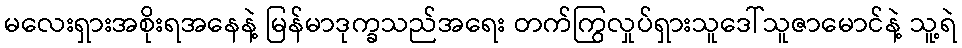
မလေးရှားအစိုးရအနေနဲ့ မြန်မာဒုက္ခသည်အရေး တက်ကြွလှုပ်ရှားသူဒေါ်သူဇာမောင်နဲ့ သူ့ရဲ